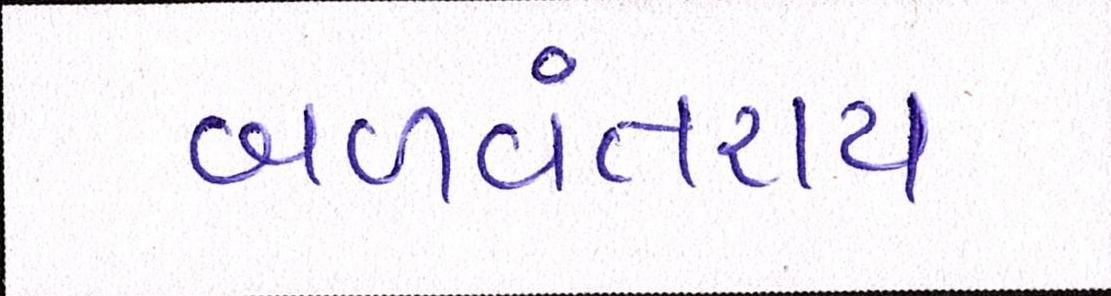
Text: બળવંતરાય